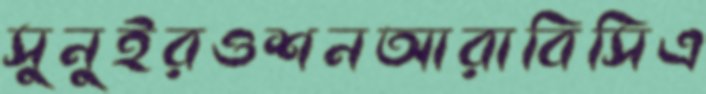
সুনুইরওশনআরাবিসিএ